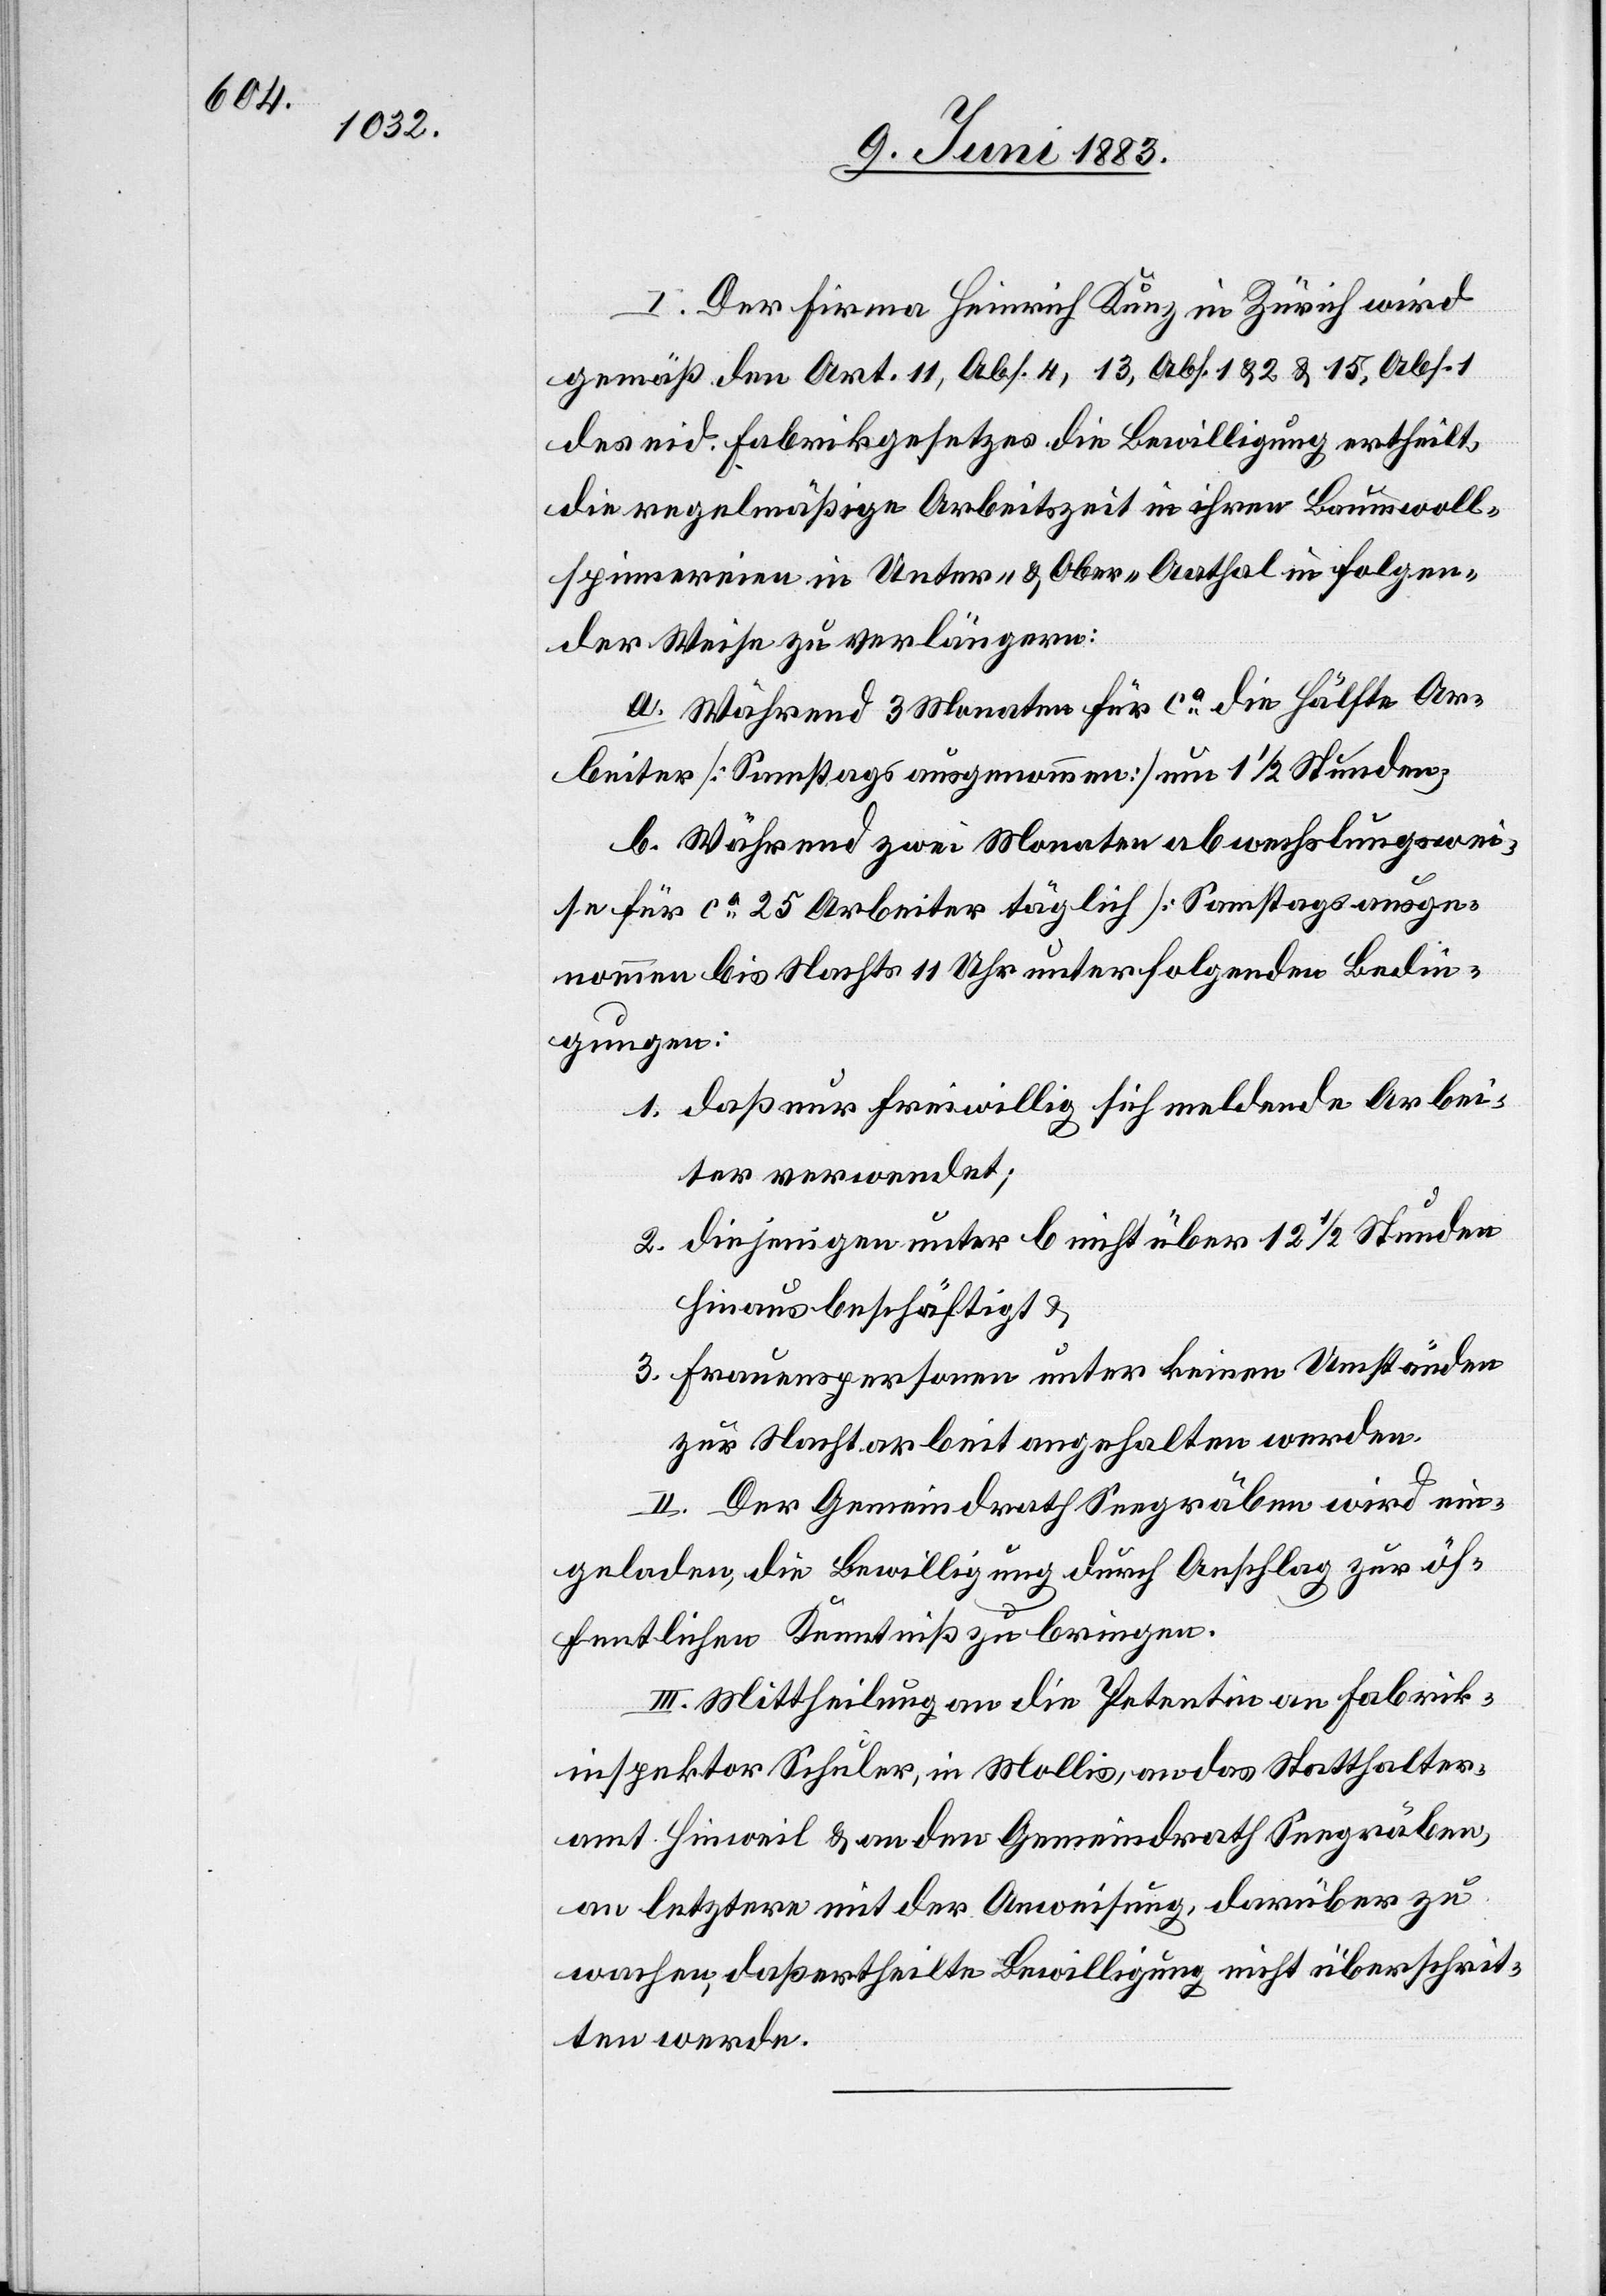
I. Der Firma Heinrich Kunz in Zürich wird
gemäß den Art. 11, Abs. 4, 13, Abs. 1 & 2 & 15, Abs. 1
des eid. Fabrikgesetzes die Bewilligung ertheilt,
die regelmäßige Arbeitszeit in ihren Baumwoll¬
spinnereien in Unter- & Ober-Aathal in folgen¬
der Weise zu verlängern:
a. Während 3 Monaten für ca die Hälfte Ar¬
beiter [Samstags ausgenommen] um 1 1/2 Stunden,
b. Während zwei Monaten abwechslungswei¬
se für ca 25 Arbeiter täglich [Samstags ausge¬
nommen[]] bis Nachts 11 Uhr unter folgenden Bedin¬
gungen:
1. daß nur freiwillig sich meldende Arbei¬
ter verwendet;
2. diejenigen unter b nicht über 12 1/2 Stunden
hinaus beschäftigt &
3. Frauenpersonen unter keinen Umständen
zur Nachtarbeit angehalten werden.
II. Der Gemeindrath Seegräben wird ein¬
geladen, die Bewilligung durch Anschlag zur öf¬
fentlichen Kenntniß zu bringen.
III. Mittheilung an die Petentin an Fabrik¬
inspektor Schuler, in Mollis, an das Statthalter¬
amt Hinweil & an den Gemeindrath Seegräben,
an letztern mit der Anweisung, darüber zu
wachen, daß ertheilte Bewilligung nicht überschrit¬
ten werde.